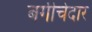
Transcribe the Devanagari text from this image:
बगीचेदार